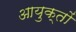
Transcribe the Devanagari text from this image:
आयुक्‍तों